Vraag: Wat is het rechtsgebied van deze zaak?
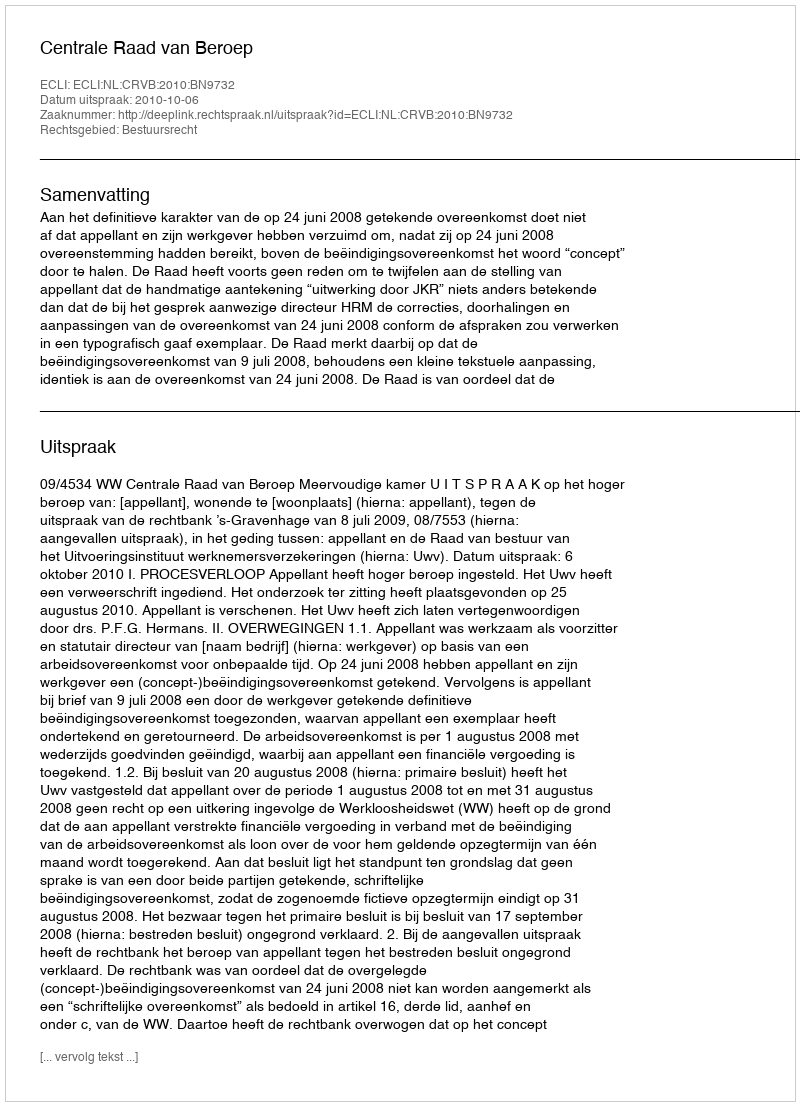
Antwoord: Bestuursrecht